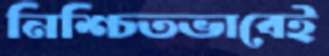
নিশ্চিতভাবেই